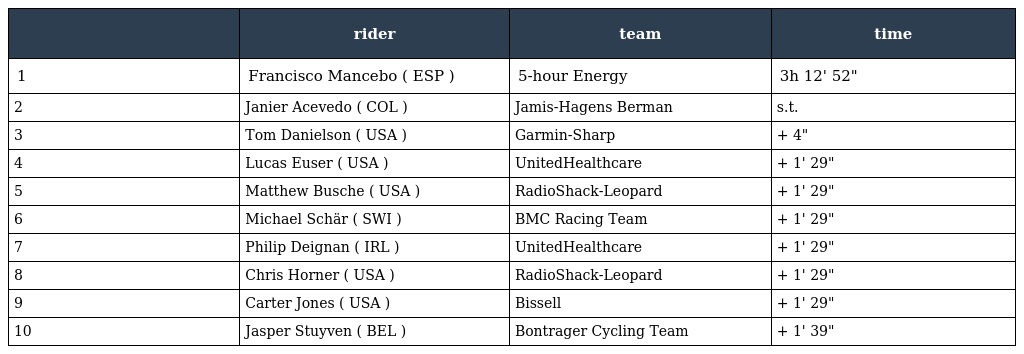
|  | rider | team | time |
 | --- | --- | --- | --- |
 | 1 | Francisco Mancebo ( ESP ) | 5-hour Energy | 3h 12' 52" |
 | 2 | Janier Acevedo ( COL ) | Jamis-Hagens Berman | s.t. |
 | 3 | Tom Danielson ( USA ) | Garmin-Sharp | + 4" |
 | 4 | Lucas Euser ( USA ) | UnitedHealthcare | + 1' 29" |
 | 5 | Matthew Busche ( USA ) | RadioShack-Leopard | + 1' 29" |
 | 6 | Michael Schär ( SWI ) | BMC Racing Team | + 1' 29" |
 | 7 | Philip Deignan ( IRL ) | UnitedHealthcare | + 1' 29" |
 | 8 | Chris Horner ( USA ) | RadioShack-Leopard | + 1' 29" |
 | 9 | Carter Jones ( USA ) | Bissell | + 1' 29" |
 | 10 | Jasper Stuyven ( BEL ) | Bontrager Cycling Team | + 1' 39" |